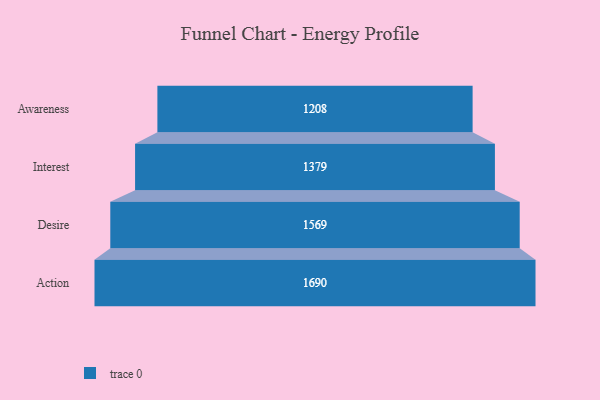
{"axis": {"x": "Stage", "y": "Value"}, "legend": [""], "data": [{"x": "Awareness", "y": 1208.0, "type": ""}, {"x": "Interest", "y": 1379.0, "type": ""}, {"x": "Desire", "y": 1569.0, "type": ""}, {"x": "Action", "y": 1690.0, "type": ""}]}